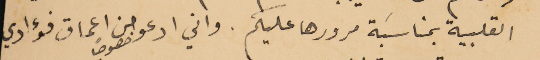
القلبية بمناسبة مرورها عليكم. واني ادعو خصوصًا من اعماق فؤادي